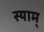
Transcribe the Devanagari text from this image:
स्याम्‌